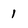
Character: 1